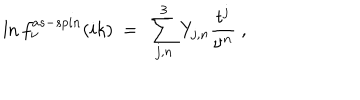
\ln f _ { \nu } ^ { a s - s p i n } ( i k ) \ = \ \sum _ { j , n } ^ { 3 } Y _ { j , n } \frac { t ^ { j } } { \nu ^ { n } } \ ,